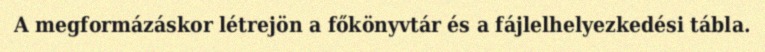
A megformázáskor létrejön a főkönyvtár és a fájlelhelyezkedési tábla.